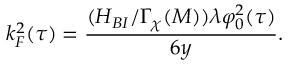
k _ { F } ^ { 2 } ( \tau ) = \frac { ( H _ { B I } / \Gamma _ { \chi } ( M ) ) \lambda \varphi _ { 0 } ^ { 2 } ( \tau ) } { 6 y } .